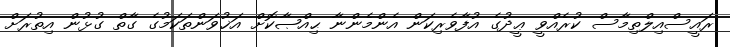
ރައީސްއިލްތިމާސް ކުރެއްވީ ޢީދުގެ އުފާވެރިކަން އެންމެންނާ ޙިއްޞާކޮށް އަޚުވަންތަކަމުގެ ގާތް ގުޅުން އިތުރަށް